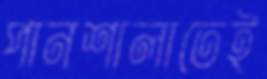
পানশালাতেই